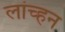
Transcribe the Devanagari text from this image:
लांच्हन